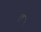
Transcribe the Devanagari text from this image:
टुबु